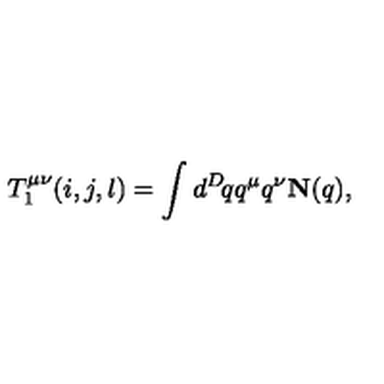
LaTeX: T _ { 1 } ^ { \mu \nu } ( i , j , l ) = \int d ^ { D } \! q q ^ { \mu } q ^ { \nu } { \bf N } ( q ) ,